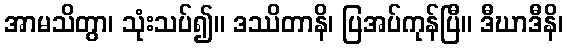
အာမသိတွာ၊ သုံးသပ်၍။ ဒဿိတာနိ၊ ပြအပ်ကုန်ပြီ။ ဒီဃာဒီနိ၊